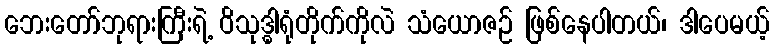
ဘေးတော်ဘုရားကြီးရဲ့ ဝိသုဒ္ဓါရုံတိုက်ကိုလဲ သံယောဇဉ် ဖြစ်နေပါတယ်၊ ဒါပေမယ့်